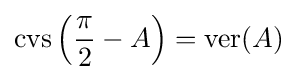
\operatorname {cvs} \left({\frac {\pi }{2}}-A\right)=\operatorname {ver} (A)